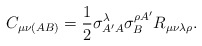
\begin{align*}C_{\mu \nu (AB)}{}=\frac{1}{2}\sigma _{A^{\prime }A}^{\lambda }{}\sigma_{B}^{\rho A^{\prime }}R_{\mu \nu \lambda \rho }{}. \end{align*}